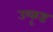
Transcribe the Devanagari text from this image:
उष्कृष्ट